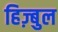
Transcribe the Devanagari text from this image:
हिज़्बुल